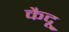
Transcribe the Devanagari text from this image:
कैदू